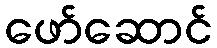
ဖော်ဆောင်